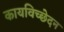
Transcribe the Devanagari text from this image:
कायविच्छेदन